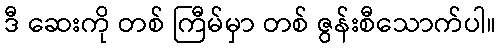
ဒီ ဆေးကို တစ် ကြီမ်မှာ တစ် ဇွန်းစီသောက်ပါ။